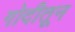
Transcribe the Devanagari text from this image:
गोदीतून